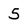
Character: 5